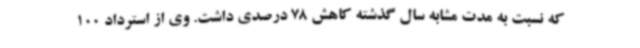
که نسبت به مدت مشابه سال گذشته کاهش 78 درصدی داشت. وی از استرداد 100